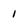
Character: I